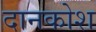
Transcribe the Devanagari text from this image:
दानकोश